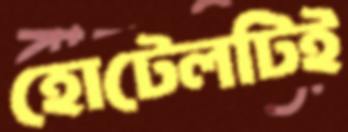
হোটেলটিই